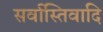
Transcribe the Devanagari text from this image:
सर्वास्तिवादि